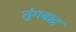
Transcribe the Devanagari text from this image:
तुंगबाद्र